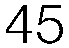
45